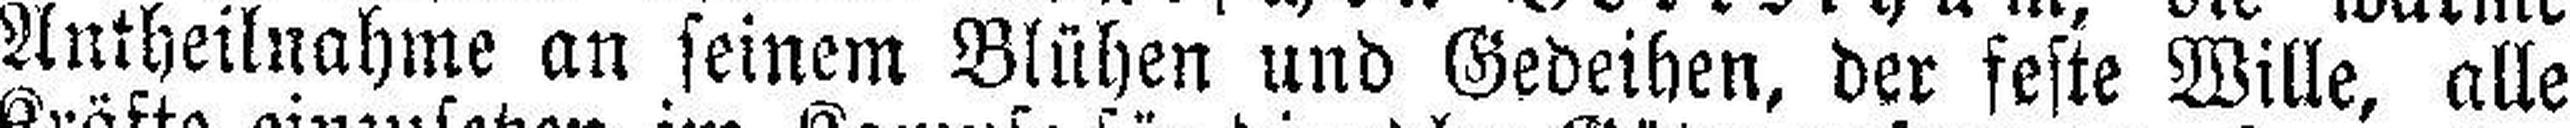
Antheilnahme an seinem Blühen und Gedeihen, der feste Wille, alle